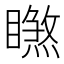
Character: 𥋧